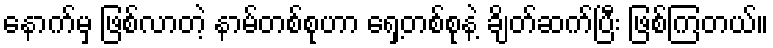
နောက်မှ ဖြစ်လာတဲ့ နာမ်တစ်စုဟာ ရှေ့တစ်စုနဲ့ ချိတ်ဆက်ပြီး ဖြစ်ကြတယ်။